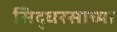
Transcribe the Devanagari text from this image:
सिद्धरसाच्या